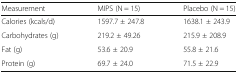
<table><thead><tr><td><b>Measurement</b></td><td><b>MIPS (N = 15)</b></td><td><b>Placebo (N = 15)</b></td></tr></thead><tbody><tr><td>Calories (kcals/d)</td><td>1597.7 ± 247.8</td><td>1638.1 ± 243.9</td></tr><tr><td>Carbohydrates (g)</td><td>219.2 ± 49.26</td><td>215.9 ± 208.9</td></tr><tr><td>Fat (g)</td><td>53.6 ± 20.9</td><td>55.8 ± 21.6</td></tr><tr><td>Protein (g)</td><td>69.7 ± 24.0</td><td>71.5 ± 22.9</td></tr></tbody></table>